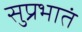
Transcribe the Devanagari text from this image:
सुप्रभातं